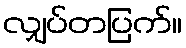
လျှပ်တပြက်။